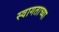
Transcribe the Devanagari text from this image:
स्वागताच्या